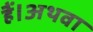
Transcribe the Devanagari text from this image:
हैं।अथवा